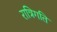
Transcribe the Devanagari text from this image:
रात्रिगति